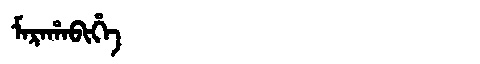
Manchu: ᠮᠠᡵᠠᡥᠠᠪᡳᡥᡝ
Romanization: MARAHABIHE